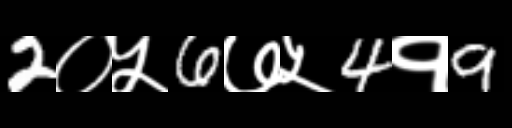
Text: 2०५6७५4१9